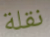
نقلة